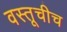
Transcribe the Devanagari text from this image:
वस्तूचीच